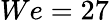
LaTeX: We=27